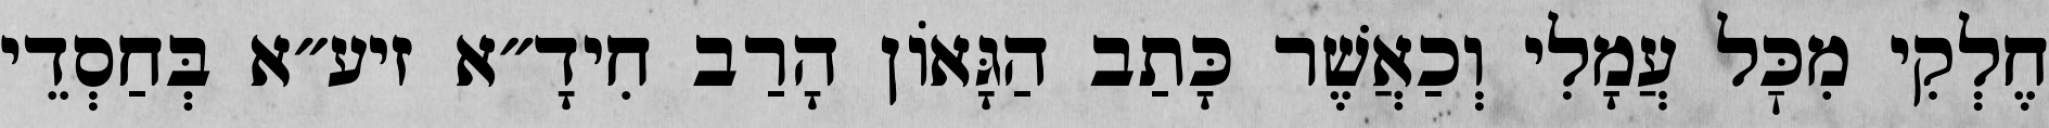
חֶלְקִי מִכׇּל עֲמָלִי וְכַאֲשֶׁר כָּתַב הַגָּאוֹן הָרַב חִידָ״א זיע״א בְּחַסְדֵי